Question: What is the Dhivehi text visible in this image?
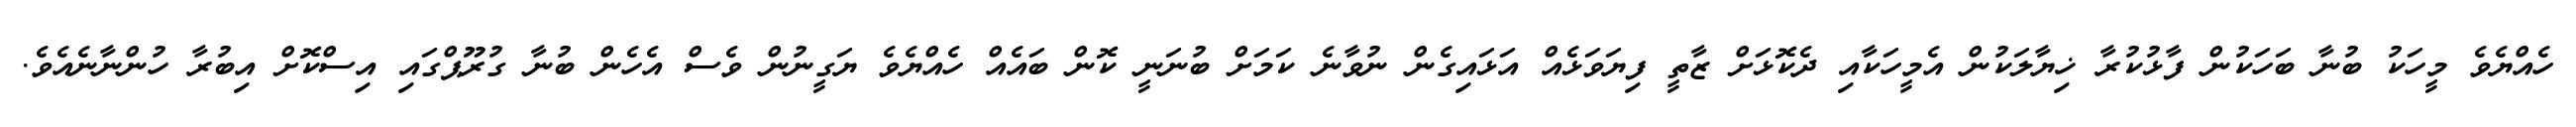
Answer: ހެއްޔެވެ މީހަކު ބުނާ ބަހަކުން ފާޅުކުރާ ޚިޔާލަކުން އެމީހަކާއި ދެކޮޅަށް ޒާތީ ފިޔަވަޅެއް އަޅައިގެން ނުވާނެ ކަމަށް ބުނަނީ ކޮން ބައެއް ހެއްޔެވެ ޔަގީނުން ވެސް އެހެން ބުނާ ގުރޫޕްގައި އިސްކޮށް އިބުރާ ހުންނާނެއެވެ.